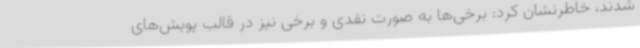
شدند، خاطرنشان کرد: برخی‌ها به صورت نقدی و برخی نیز در قالب پویش‌های